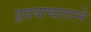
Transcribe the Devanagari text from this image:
हृदयाघाताने